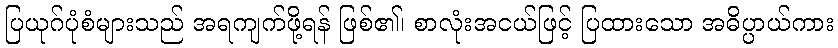
ပြယုဂ်ပုံစံများသည် အရကျက်ဖို့ရန် ဖြစ်၏၊ စာလုံးအငယ်ဖြင့် ပြထားသော အဓိပ္ပာယ်ကား